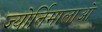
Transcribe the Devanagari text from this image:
ज्योर्तिमालाओं